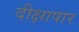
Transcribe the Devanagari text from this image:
दीक्षापार